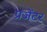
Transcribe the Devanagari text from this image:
प्रजेंटर